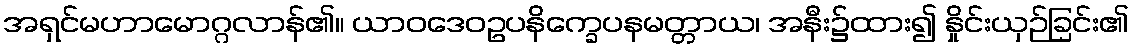
အရှင်မဟာမောဂ္ဂလာန်၏။ ယာဝဒေဝဥပနိက္ခေပနမတ္တာယ၊ အနီး၌ထား၍ နှိုင်းယှဉ်ခြင်း၏